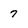
Character: 7